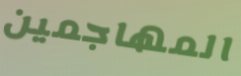
المهاجمين